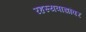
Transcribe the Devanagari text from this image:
रहस्यवाद्यांवर